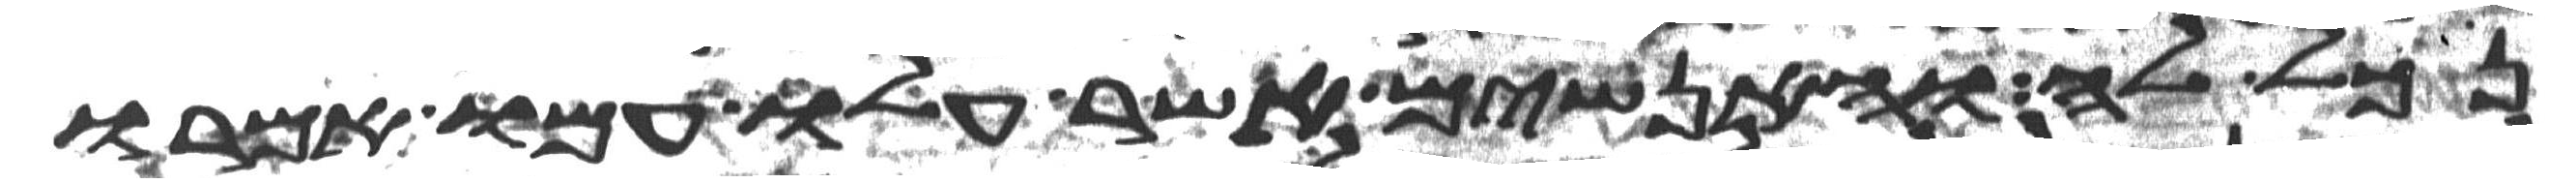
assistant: נכל לה והאנשים אשר עלו עמו אמרו